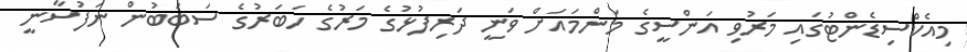
މިއެކްސިޑެންޓުގައި މަރުވި އަންސީގެ މަންމައަށް ވަނީ ދަރިފުޅުގެ މަރުގެ ހަބަރުގެ ސަބަބުން ނަފުސާނީ